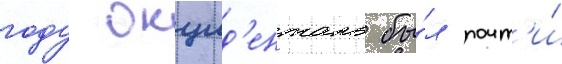
году окцид'енталь бы́л почт'и́